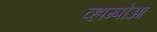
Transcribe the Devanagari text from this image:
व्हाम्पोआ